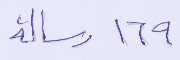
١٦٩ رسالة